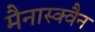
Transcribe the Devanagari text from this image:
मैनास्क्वैन